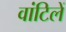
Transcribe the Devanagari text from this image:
वांटिलें